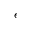
\epsilon